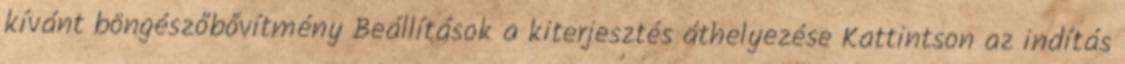
kívánt böngészőbővítmény Beállítások a kiterjesztés áthelyezése Kattintson az indítás